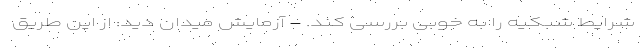
شرایط شبکیه را به خوبی بررسی کند. - آزمایش میدان دید: از این طریق